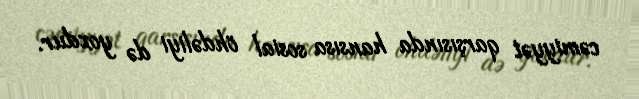
cəmiyyət qarşısında hansısa sosial öhdəliyi də yoxdur.